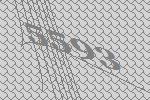
5593